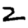
Digit: 2